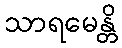
သာရမေန္တိ